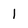
Character: 1